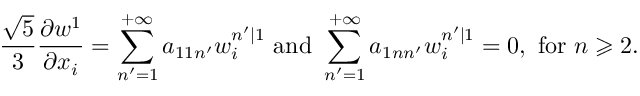
\frac { \sqrt { 5 } } { 3 } \frac { \partial w ^ { 1 } } { \partial x _ { i } } = \sum _ { n ^ { \prime } = 1 } ^ { + \infty } a _ { 1 1 n ^ { \prime } } w _ { i } ^ { n ^ { \prime } | 1 } \mathrm { ~ a n d ~ } \sum _ { n ^ { \prime } = 1 } ^ { + \infty } a _ { 1 n n ^ { \prime } } w _ { i } ^ { n ^ { \prime } | 1 } = 0 , \mathrm { ~ f o r ~ } n \geqslant 2 .